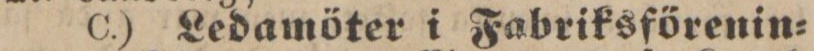
C.) Ledamöter i Fabriksförenin=